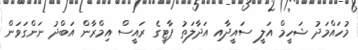
މުހައްމަދު ޝަހީމް އަލީ ސައީދާއި އަދާލަތު ޕާޓީގެ ރައީސް އިމްރާން އަބްދު ނަންގަވަން